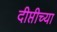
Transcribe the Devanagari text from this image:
दीप्तीच्या